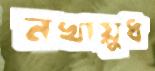
নখায়ুধ